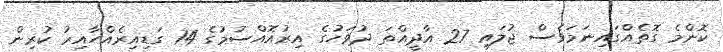
ކޮންމެ ގޮތެއްގައިނަމަވެސް ޖުލައި 27 އާދީއްތަ ދުވަހުގެ އިރުއޮއްސުމުގެ 14 ގަޑިއިރެއްހާއިރު ކުރިން